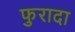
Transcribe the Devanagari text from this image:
फुरादा